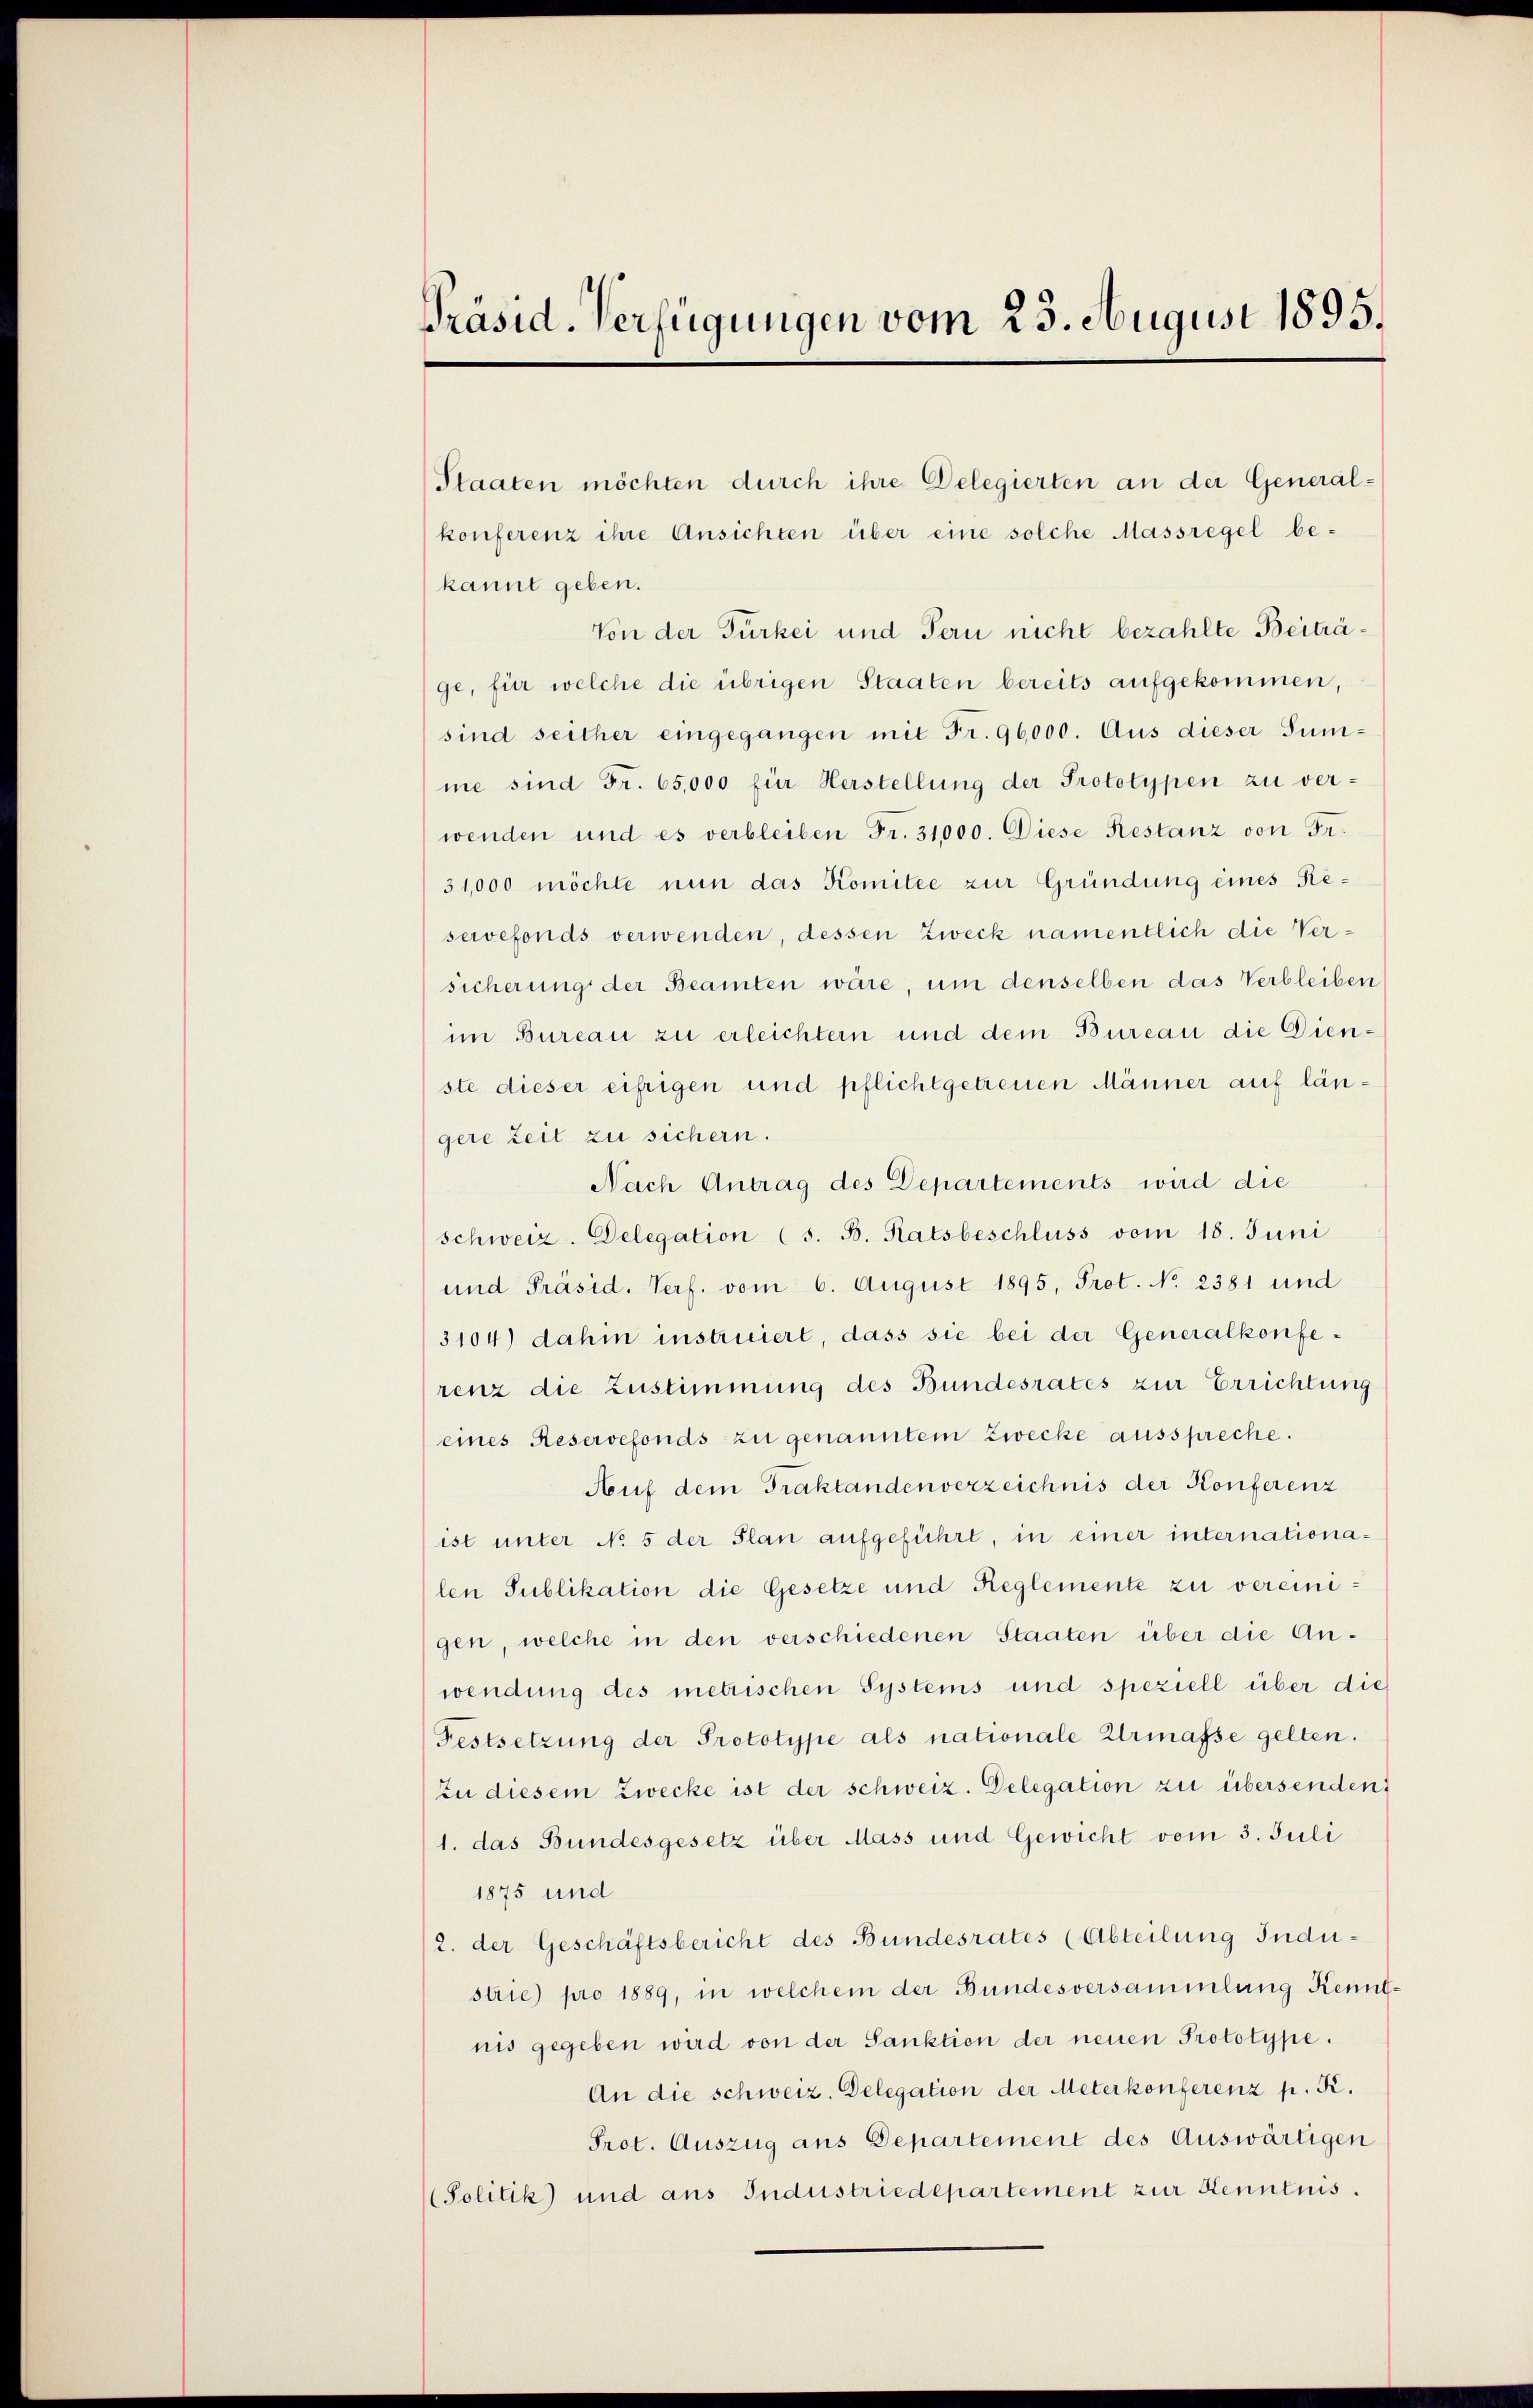
Präsid-Verfügungen vom 23. August 1895.

Staaten möchten durch ihre Delegierten an der General-
konferenz ihre Ansichten über eine solche Massregel be-
kannt geben.
Von der Türkei und Tern nicht bezahlte Beiträge, für welche die übrigen Staaten bereits aufgekommen,
sind seither eingegangen mit Fr. 96000. Aus dieser Summe sind Fr. 65,000 für Herstellung der Prototypen zu verwenden und es verbleiben Fr. 31,000. Diese Restanz von Fr.
31,000 möchte nun das Komitee zur Gründung eines Reservefonds verwenden, dessen Zweck namentlich die Versicherung der Beamten wäre, um denselben das Verbleiben
im Bureau zu erleichtern und dem Bureau die Dienste dieser eifrigen und pflichtgetreuen Männer auf längere Zeit zu sichern.
Nach Antrag des Departements wird die
Schweiz. Delegation (s. B. Ratsbeschluss vom 18. Juni
und Präsid. Verf. vom 6. August 1895, Prot. No 2381 und
3104) dahin instruiert, dass sie bei der Generalkonferenz die Zustimmung des Bundesrates zur Errichtung
(eines Reservefonds zu genanntem Zwecke ausspreche.
Auf dem Traktandenverzeichnis der Konferenz
ist unter No 5 der Plan aufgeführt, in einer internationalen Publikation die Gesetze und Reglemente zu vereinigen, welche in den verschiedenen Staaten über die Anwendung des metrischen Systems und speziell über die
Festsetzung der Prototype als nationale Urmasse gelten.
zu diesem Zwecke ist der schweiz. Delegation zu übersenden:
1. das Bundesgesetz über Mass und Gewicht vom 3. Juli
1875 und
(2. der Geschäftsbericht des Bundesrates (Abteilung Industrie pro 1889, in welchem der Bundesversammlung Kenntnis gegeben wird von der Sanktion der neuen Prototype.
An die schweiz. Delegation der Meterkonferenz p. K.
Prot. Auszug aus Departement des Auswärtigen
Solitik und aus Industriedepartement zur Kenntnis.